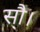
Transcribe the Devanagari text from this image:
सौ।